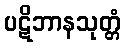
ပဋိဘာနသုတ္တံ